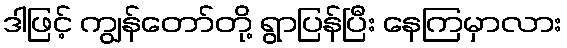
ဒါဖြင့် ကျွန်တော်တို့ ရွာပြန်ပြီး နေကြမှာလား